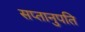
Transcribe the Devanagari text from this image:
सप्तानुपति